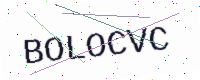
Text: BOLOCVC